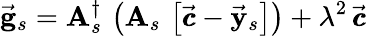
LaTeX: \vec{\mathbf g}_{s}={\mathbf A}_{s}^{\dagger}\, \left({\mathbf A}_{s}\, \left[\vec{\pmb{c}}-\vec{\mathbf y}_{s}\right]\right)+\lambda^{2}\, \vec{\pmb{c}}